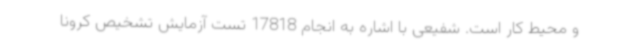
و محیط کار است. شفیعی با اشاره به انجام 17818 تست آزمایش تشخیص کرونا